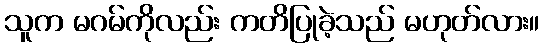
သူက မဂမ်ကိုလည်း ကတိပြုခဲ့သည် မဟုတ်လား။